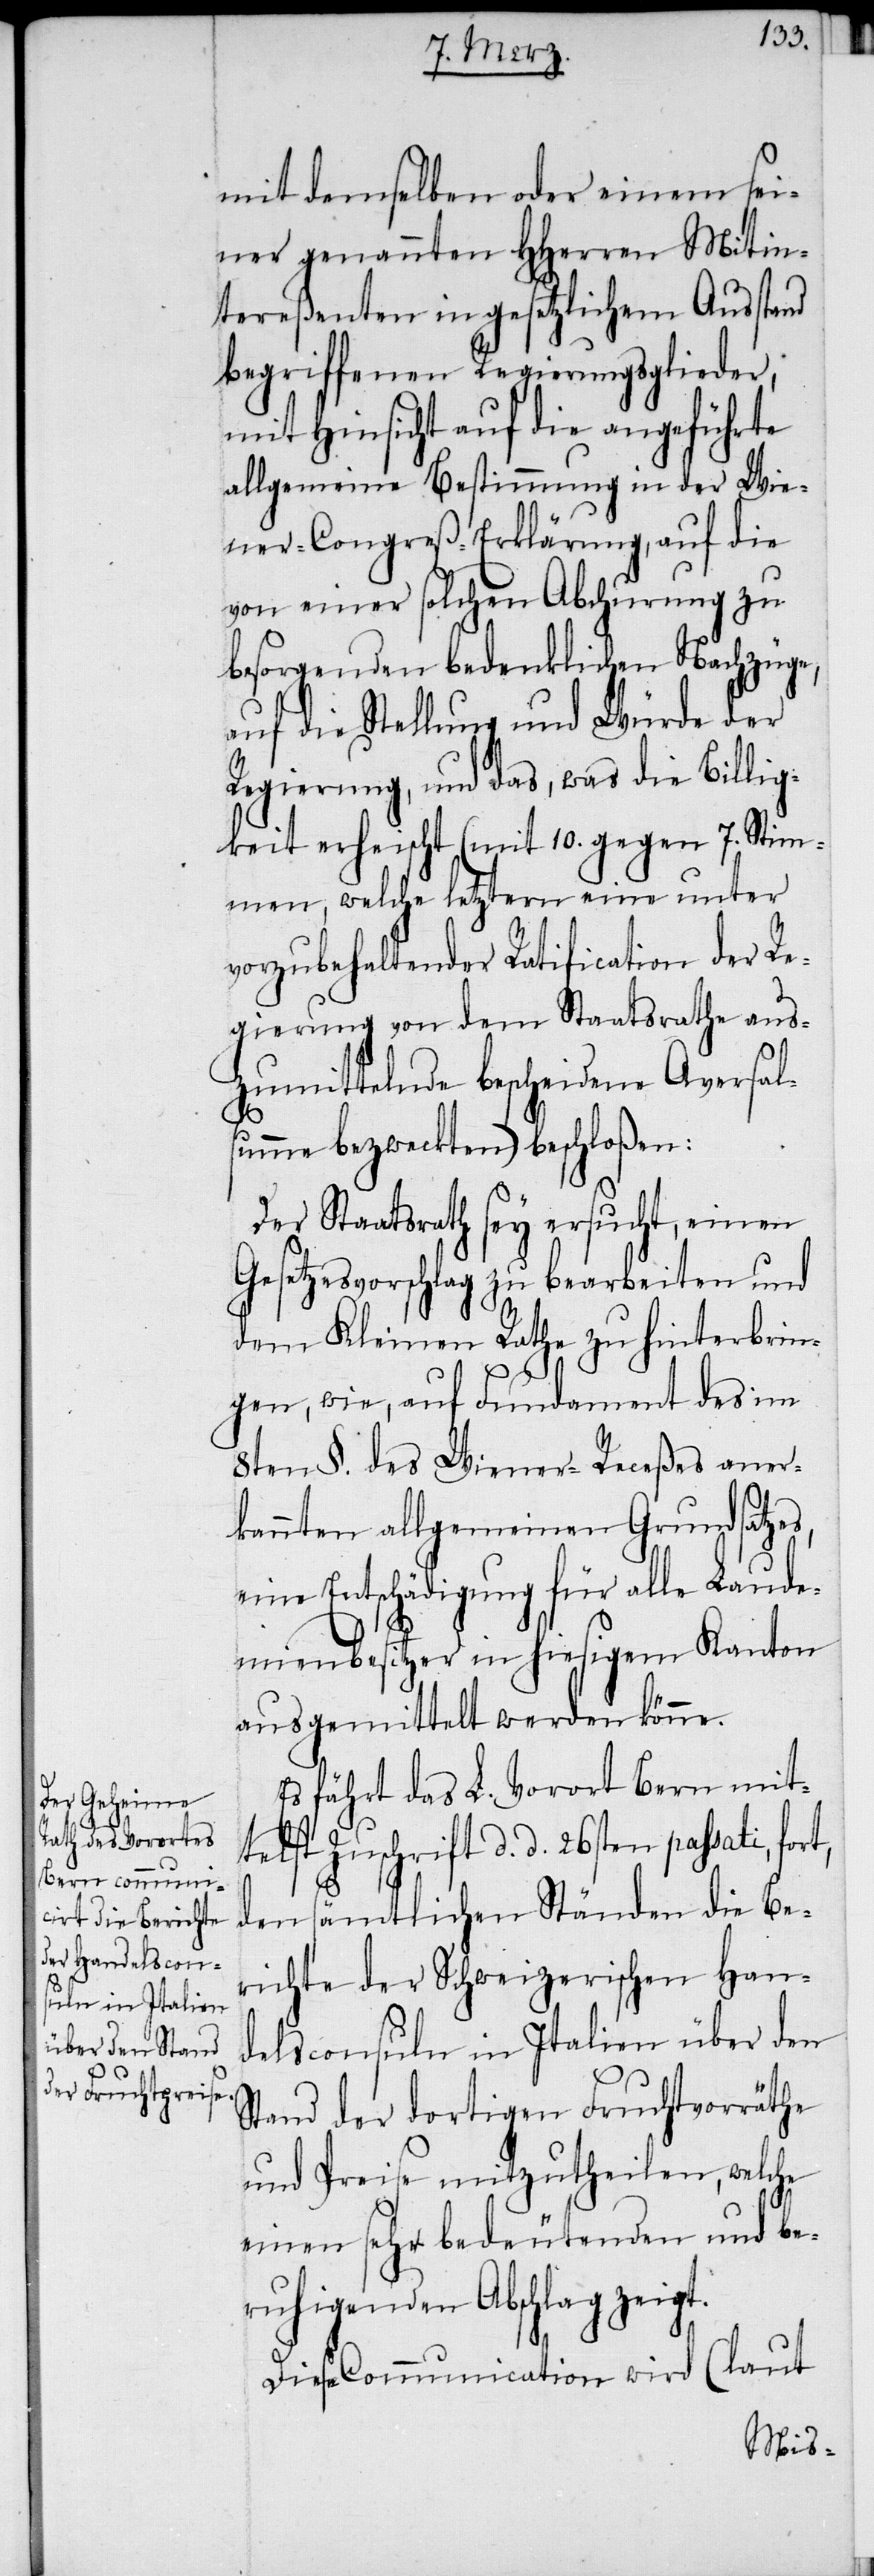
mit demselben oder einem sei¬
ner genannten HHerren Mitin¬
tereßenten in gesetzlichem Ausstand
begriffenen Regierungsglieder,
mit Hinsicht auf die angeführte
allgemeine Bestimmung in der Wie¬
ner-Congreß-Erklärung, auf die
von einer solchen Abchurung zu
besorgenden bedenklichen Nachzüge,
auf die Stellung und Würde der
Regierung, und das, was die Billig¬
keit erheischt (mit 10. gegen 7. Stim¬
men, welche letztern eine unter
vorzubehaltender Ratification der Re¬
gierung von dem Staatsrathe aus¬
zumittelnde bescheidene Aversal¬
summe bezweckten) beschloßen:
Der Staatsrath sey ersucht, einen
Gesetzesvorschlag zu bearbeiten und
dem Kleinen Rathe zu hinterbrin¬
gen, wie, auf Fundament des im
8ten §. des Wiener-Receßes aner¬
kannten allgemeinen Grundsatzes,
eine Entschädigung für alle Laude¬
mienbesitzer in hiesigem Kanton
ausgemittelt werden könne.
Es fährt das L. Vorort Bern mit¬
telst Zuschrift d. d. 26sten passati,
den sämtlichen Ständen die Be¬
richte der Schweizerischen Han¬
delsconsuln in Italien über den
Stand der dortigen Fruchtvorräthe
und Preise mitzutheilen, welche
einen sehr bedeutenden und be¬
ruhigenden Abschlag zeigt.
(laut
Diese Communication wird